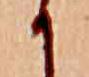
か